Vaccine operations Central Provinces & Berar 1912-1920 - 1912-1920
Year: 1912
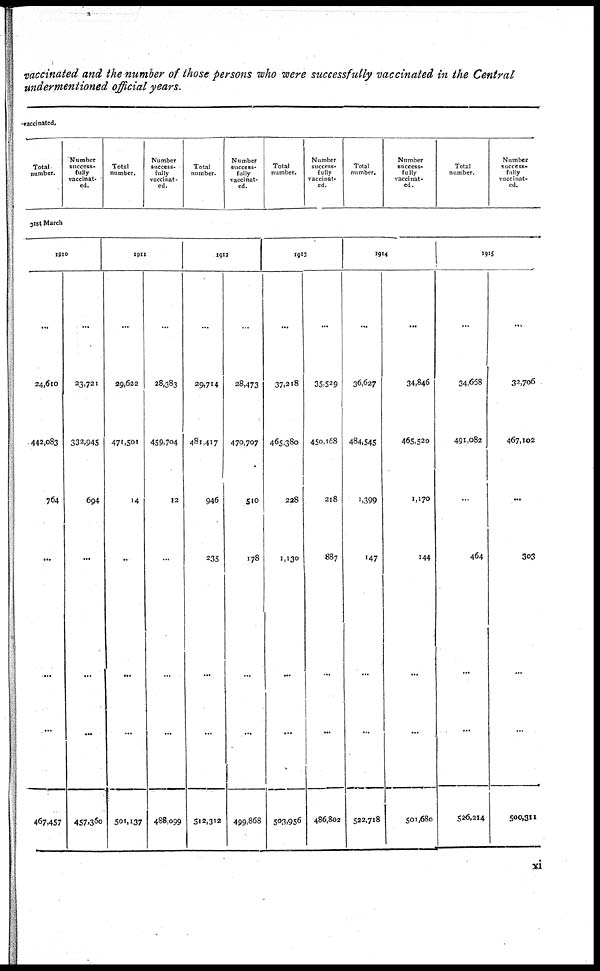
vaccinated and the number of those persons who were successfully vaccinated in the Central
undermentioned official years.
vaccinated.
Total
number.
Number
success-
fully
vaccinat-
ed.
Total
number.
Number
success.
fully
vaccinat-
ed.
Total
number.
Number
success-
fully
vaccinat-
ed.
Total
number.
Number
success-
fully
vaccinat-
ed.
Total
number.
Number
success-
fully
vaccinat-
ed.
Total
number.
Number
success-
fully
vaccinat-
ed.
31st March
1910
...
24,610
442,083
764
...
...
...
467,457
...
23,721
332,945
694
...
...
...
457,360
1911
...
29,622
471,501
14
...
...
...
501,137
...
28,383
459,704
12
...
...
...
488,099
1912
...
29,714
481,417
946
235
...
...
512,312
...
28,473
470,707
510
178
...
...
499,868
1913
...
37,218
465,380
228
1,130
...
...
503,956
...
35,529
450,168
218
887
...
...
486,802
1914
...
36,627
484,545
1,399
147
...
...
522,718
...
34,846
465,520
1,170
144
...
...
501,680
1915
...
34,658
491,082
...
464
...
...
526,214
...
32,706
467,102
...
303
...
500,311
xi